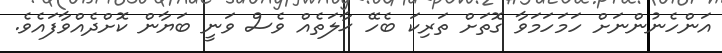
އަންހެނުންނަށް ހަމަހަމަވާ ގޮތަށް ތަރިކަ ބެހޭ ޙާލަތެއް ވެސް ވަނީ ބަޔާން ކޮށްދެއްވާފައެވެ.